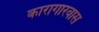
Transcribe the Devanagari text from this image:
कारागारवास